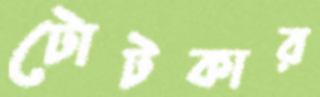
টোটকার